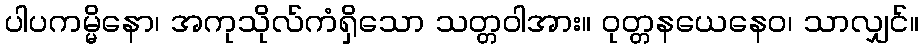
ပါပကမ္မိနော၊ အကုသိုလ်ကံရှိသော သတ္တဝါအား။ ဝုတ္တနယေနေဝ၊ သာလျှင်။